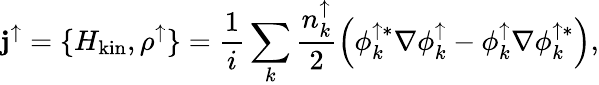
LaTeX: {\mathbf j}^{\uparrow}=\{ H_{\mathrm{kin}},\rho^{\uparrow}\} =\frac{1}{i}\sum_{k}{\frac{n_{k}^{\uparrow}}{2}\left(\phi_{k}^{\uparrow*}\nabla\phi_{k}^{\uparrow}-\phi_{k}^{\uparrow}\nabla\phi_{k}^{\uparrow*}\right)},